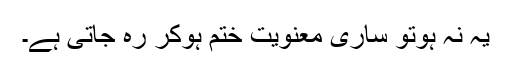
یہ نہ ہوتو ساری معنویت ختم ہوکر رہ جاتی ہے۔